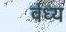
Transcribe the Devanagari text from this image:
र्वध्य